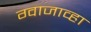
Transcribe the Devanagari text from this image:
ग्वाजाव्हा